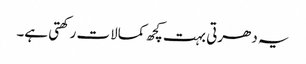
یہ دھرتی بہت کچھ کمالات رکھتی ہے۔